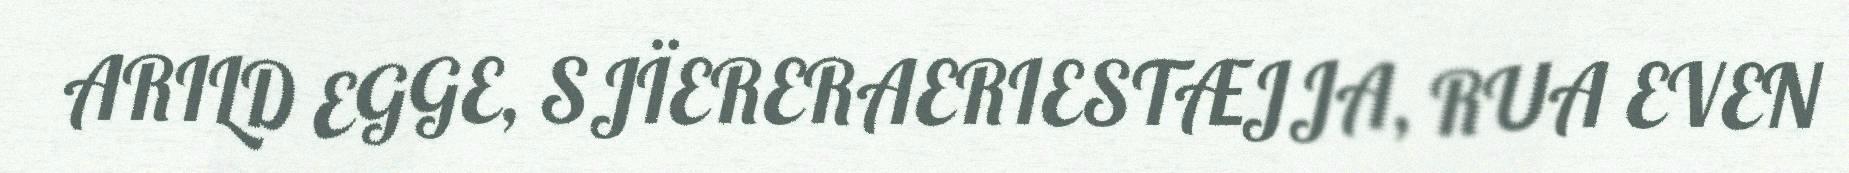
ARILD EGGE, SJÏERERAERIESTÆJJA, RUA EVEN